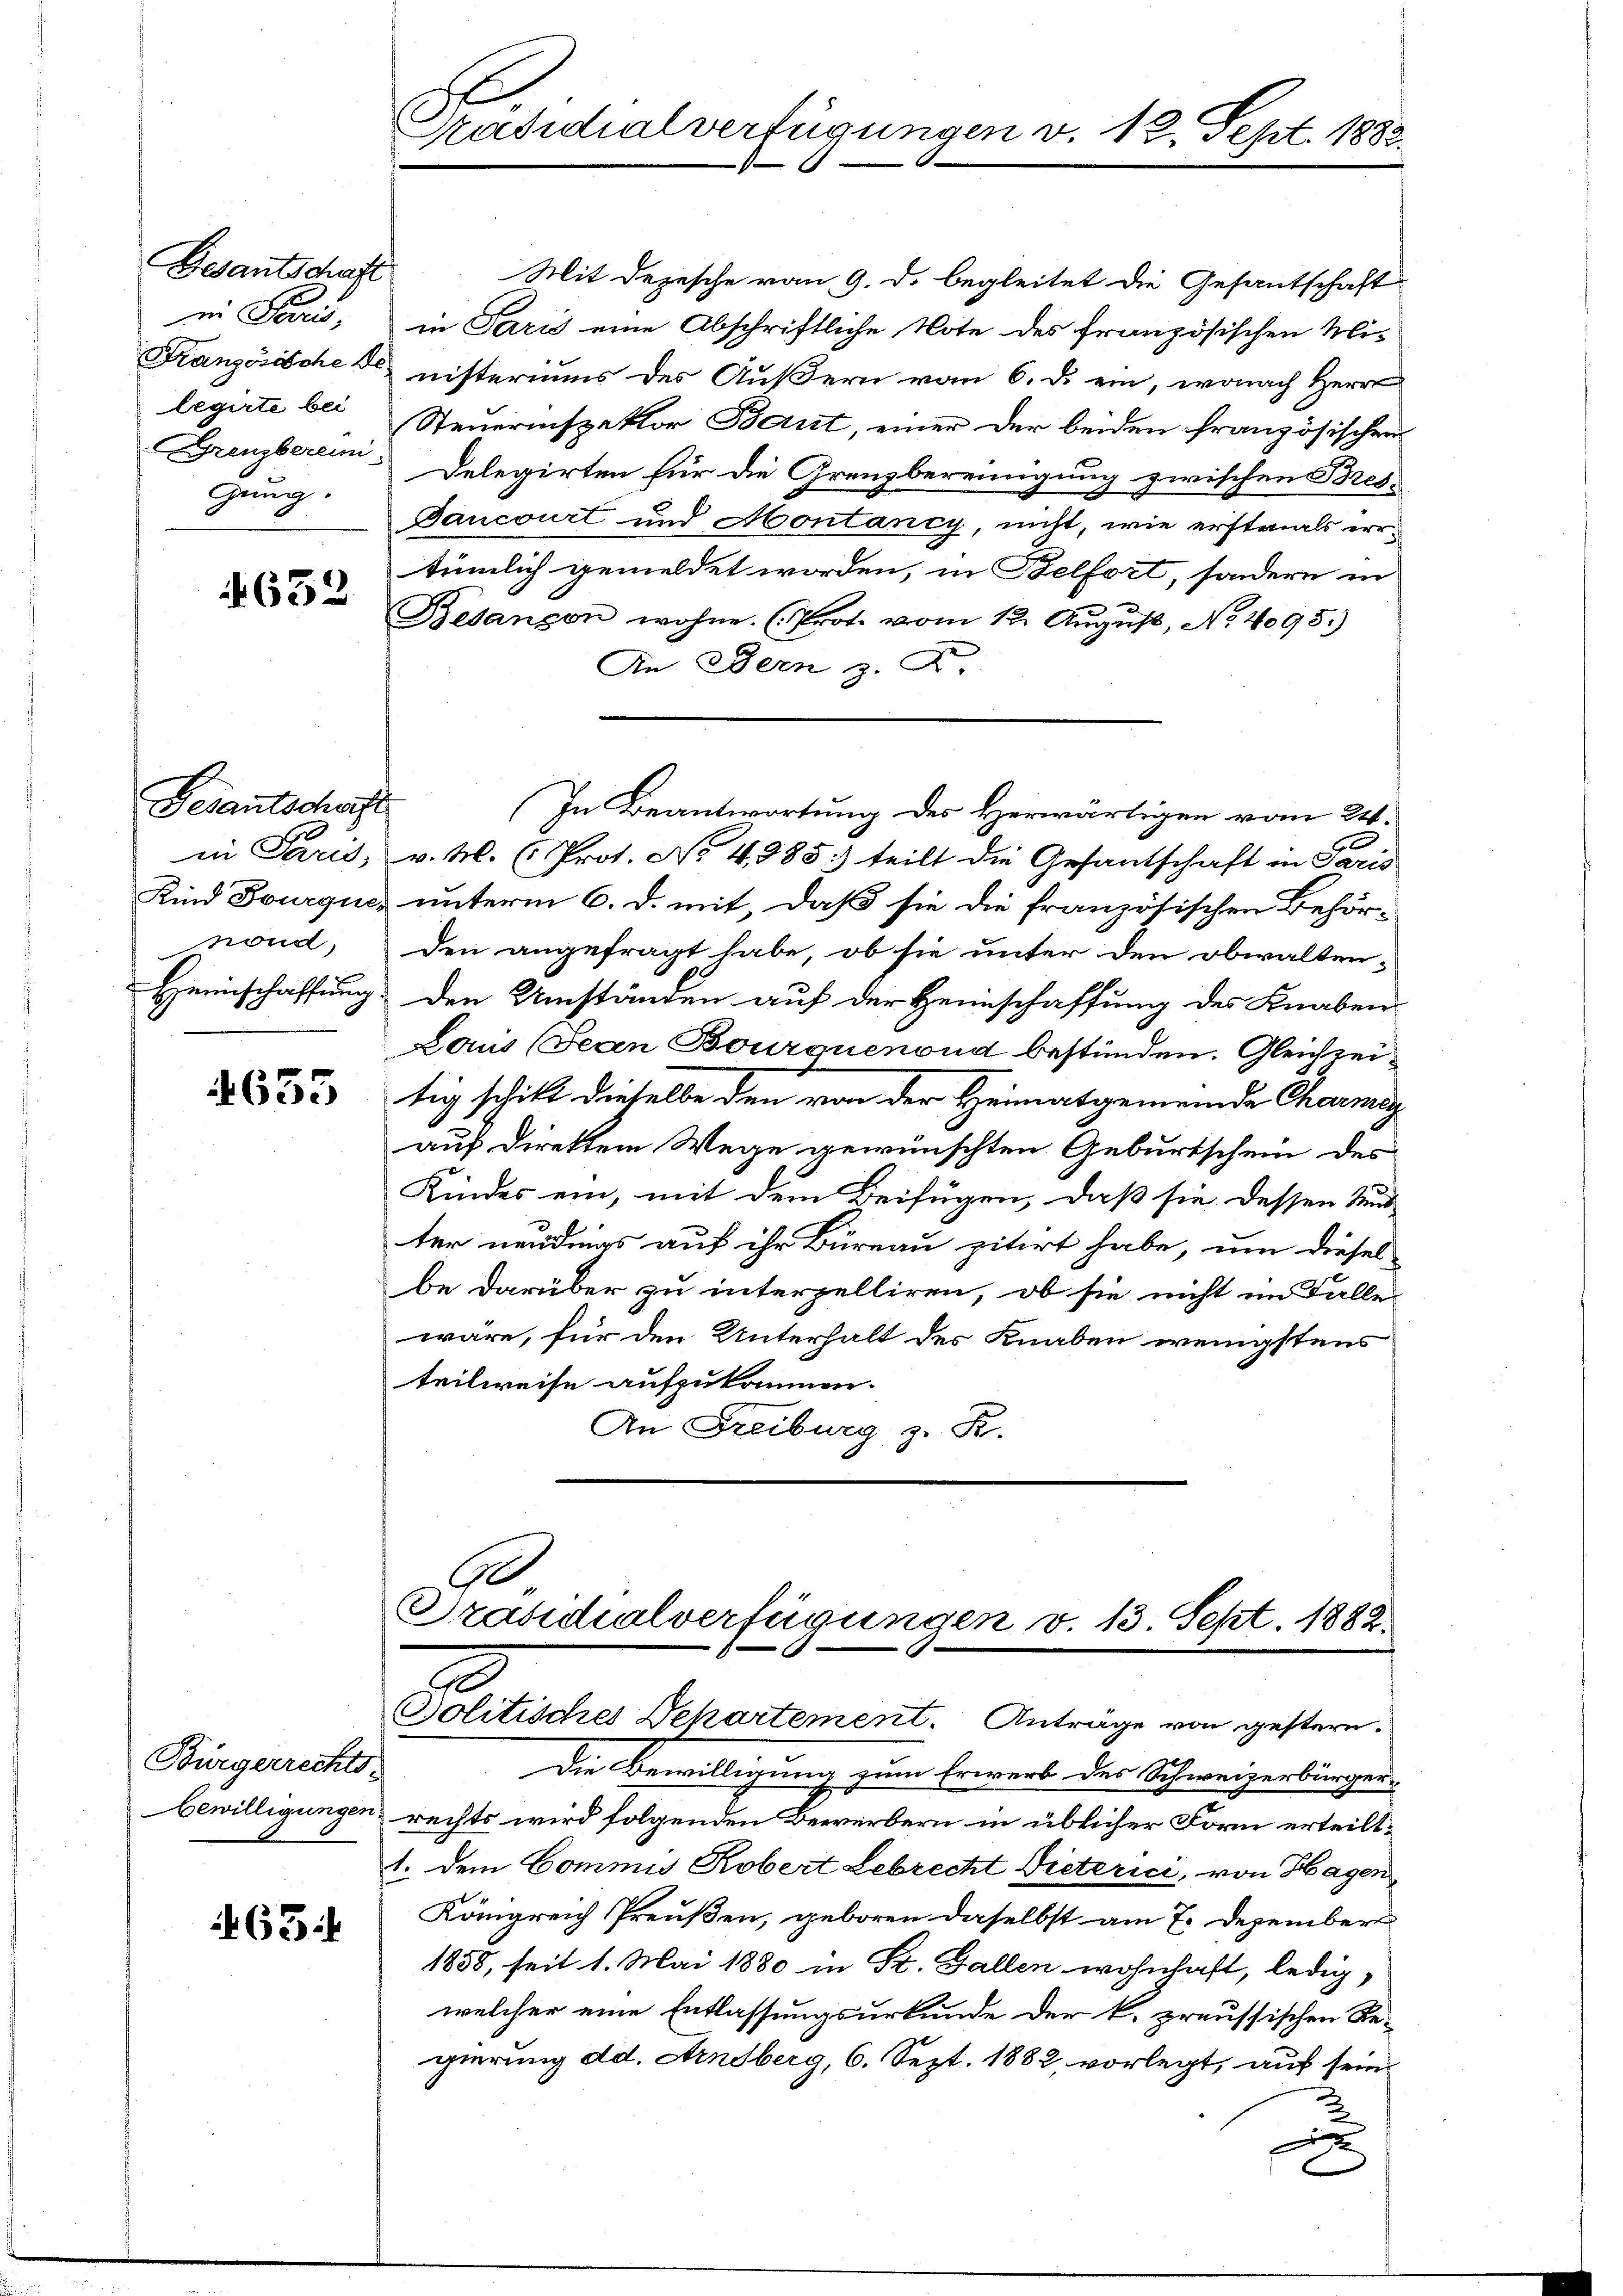
Gesantschaft
in Paris,
legirte bei
gung.

632

Gesantschaft

655

Französischenisteriums des Äußern vom 6. d. ein, wonach Herr
Steuerinspektor Braut, einer der beiden französischen
Grenzberein Delegirten für die Grenzbereinigung zwischen Bres-
Bancourt und Montancy, nicht, wie erstmals errtümlich gemeldet worden, in Belfort, sondern in
Besançon wohne. (Prot. vom 12. Aŭgŭst No. 4095.)
An Bern z. F
in Paris, v. M. (Prot. No 4985: teilt die Gesantschaft in Paris
Kind Bourques unterm 6. d. mit, daß sie die französischen Behör-
nond, den angefragt habe, ob sie unter den obwalten-
Heimschaffung den Umständen auf der Heimschaffung des Knaben
Daus (Jean Bourouenond bestünden. Gleichzeitig schikt dieselbe den von der Heimatgemeinde Charmag
auf Direktem Wege gewünschten Geburtschein des
Kindes ein, mit dem Beifügen, daß sie dessen Mund-
ter neudmas auf ihr Büreau pitirt habe, um diesel
be darüber zu interpelliren, ob sie nicht im Falle
wäre, für den Unterhalt des Knaben wenigstens
teilweise aufzukommen.
An Freiburg z. B.

Bürgerrechts-

63.

Präsidialverfügungen v.
s.

Mit Depesche vom 9. d. begleitet die Gesantschaft
in Paris eine Abschriftliche Note des französischen Mi-

In Beantwortung des Herwärtigen vom 24.

12. Sept. 1883.

Präsidialverfügungen v. 13. Sept. 1882.
Solitisches Departement. Anträge von gestern.

Die Bewilligung zum Erwerb des Schweizerbürger-
bewilligungen rechts wird folgenden Bewerbern in üblicher Forn erteilt.
1. dem Commis Kobert Lebrecht Dieterici, von Hagen,
Königreich Preußen, geboren daselbst am 7. Dezember
1858, seit 1. Mai 1880 in St. Gallen wohnhaft, ledig,
welcher eine Entlassungsurkunde der k. preussischen Re-
gierung dd. Arnsberg, 6. Sept. 1882, vorlegt, auf sein
u